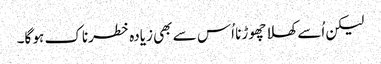
لیکن اُسے کھلا چھوڑنا اُس سے بھی زیادہ خطرناک ہو گا۔